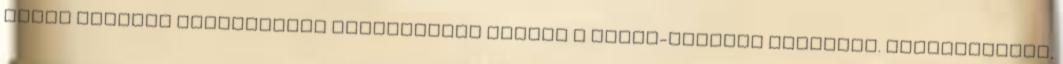
Zsolt külügyi államtitkár aggasztónak tartja a Ponta-kabinet lépéseit. „Felszólítom,